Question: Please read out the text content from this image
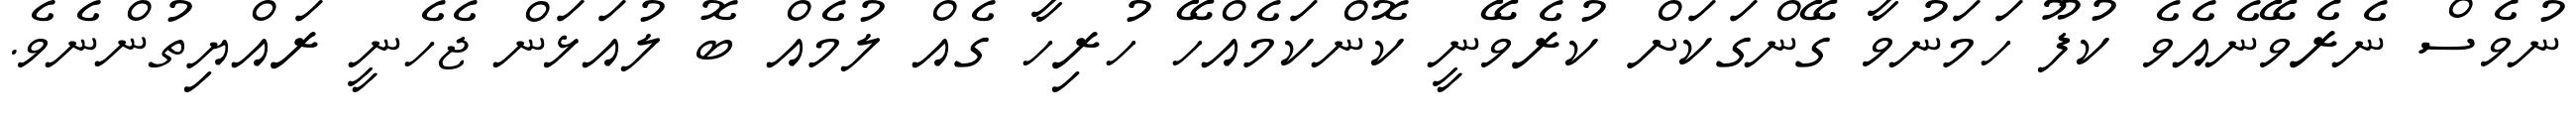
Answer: ނުވެސް ނެރެވޭނެއެވެ ކުފޫ ހަމަނުވާ ގޭންގަކަށް ކުރެވޭނީ ކޮންކަމެއްހޭ ހުރިހާ ގެއް ލުމެއް ބޮ ލުއަޅަން ޖެހެނީ ރައްޔިތުންނެވެ.